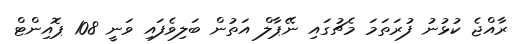
ރާއްޖެ ކުޅުނު ފުރަތަމަ މެޗުގައި ނޭޕާލް އަތުން ބަލިވެފައި ވަނީ 108 ޕޮއިންޓް